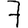
Digit: 7